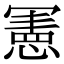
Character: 𭂅